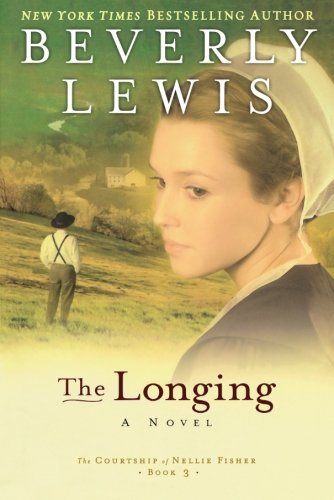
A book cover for The Longing (The Courtship of Nellie Fisher, Book 3); Beverly Lewis; Romance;